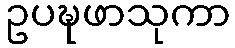
ဥပဍ္ဎဖာသုကာ